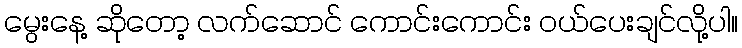
မွေးနေ့ ဆိုတော့ လက်ဆောင် ကောင်းကောင်း ဝယ်ပေးချင်လို့ပါ။